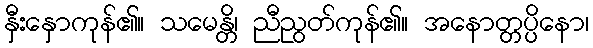
နှီးနှောကုန်၏။ သမေန္တိ၊ ညီညွတ်ကုန်၏။ အနောတ္တပ္ပိနော၊